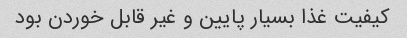
کیفیت غذا بسیار پایین و غیر قابل خوردن بود